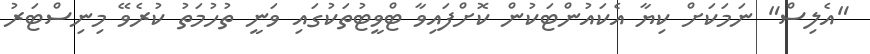
"އެލިސް" ނަމަކަށް ކިޔާ އެކައުންޓަކުން ކޮށްފައިވާ ޓްވީޓުތަކުގައި ވަނީ ތުހުމަތު ކުރެވޭ މިނިސްޓަރު